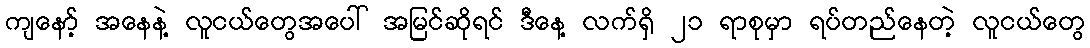
ကျနော့် အနေနဲ့ လူငယ်တွေအပေါ် အမြင်ဆိုရင် ဒီနေ့ လက်ရှိ ၂၁ ရာစုမှာ ရပ်တည်နေတဲ့ လူငယ်တွေ